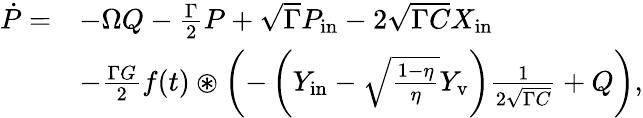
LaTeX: \begin{array}{rl}{\dot{P}=}&{-\Omega Q-\frac{\Gamma}{2}P+\sqrt{\Gamma}P_{\mathrm{in}}-2\sqrt{\Gamma C}X_{\mathrm{in}}}\\ &{-\frac{\Gamma G}{2}f(t)\circledast\left(-\left(Y_{\mathrm{in}}-\sqrt{\frac{1-\eta}{\eta}}Y_{\mathrm{v}}\right)\frac{1}{2\sqrt{\Gamma C}}+Q\right),}\end{array}